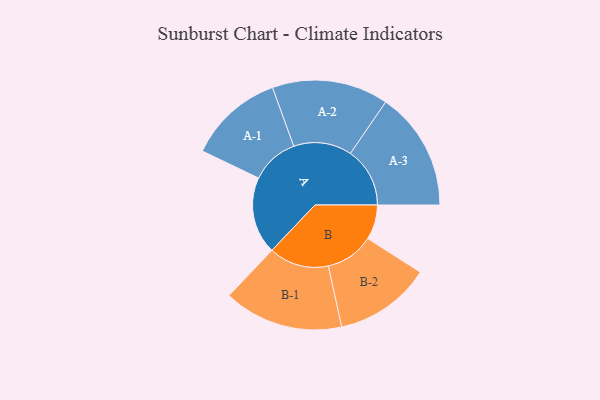
{"axis": {"x": "Segment", "y": "Value"}, "legend": ["", "A", "B"], "data": [{"x": "A", "y": 359, "type": ""}, {"x": "B", "y": 162, "type": ""}, {"x": "A-1", "y": 222, "type": "A"}, {"x": "A-2", "y": 271, "type": "A"}, {"x": "A-3", "y": 277, "type": "A"}, {"x": "B-1", "y": 279, "type": "B"}, {"x": "B-2", "y": 225, "type": "B"}]}